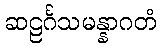
ဆဠင်္ဂသမန္နာဂတံ